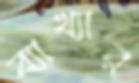
ব্যাখ্যার